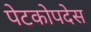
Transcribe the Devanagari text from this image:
पेटकोपदेस